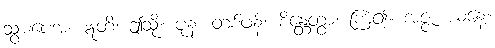
သွားပေအံ့။ ဣတိ၊ ဤသို့။ ပုန၊ တစ်ဖန်။ စိန္တေတွာ၊ ကြံ၍။ အဇ္ဇ၊ ယနေ့။